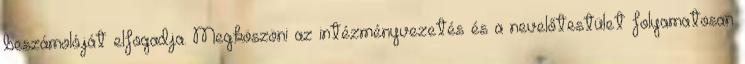
beszámolóját elfogadja. Megköszöni az intézményvezetés és a nevelőtestület folyamatosan